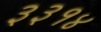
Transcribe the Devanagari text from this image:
३३१४